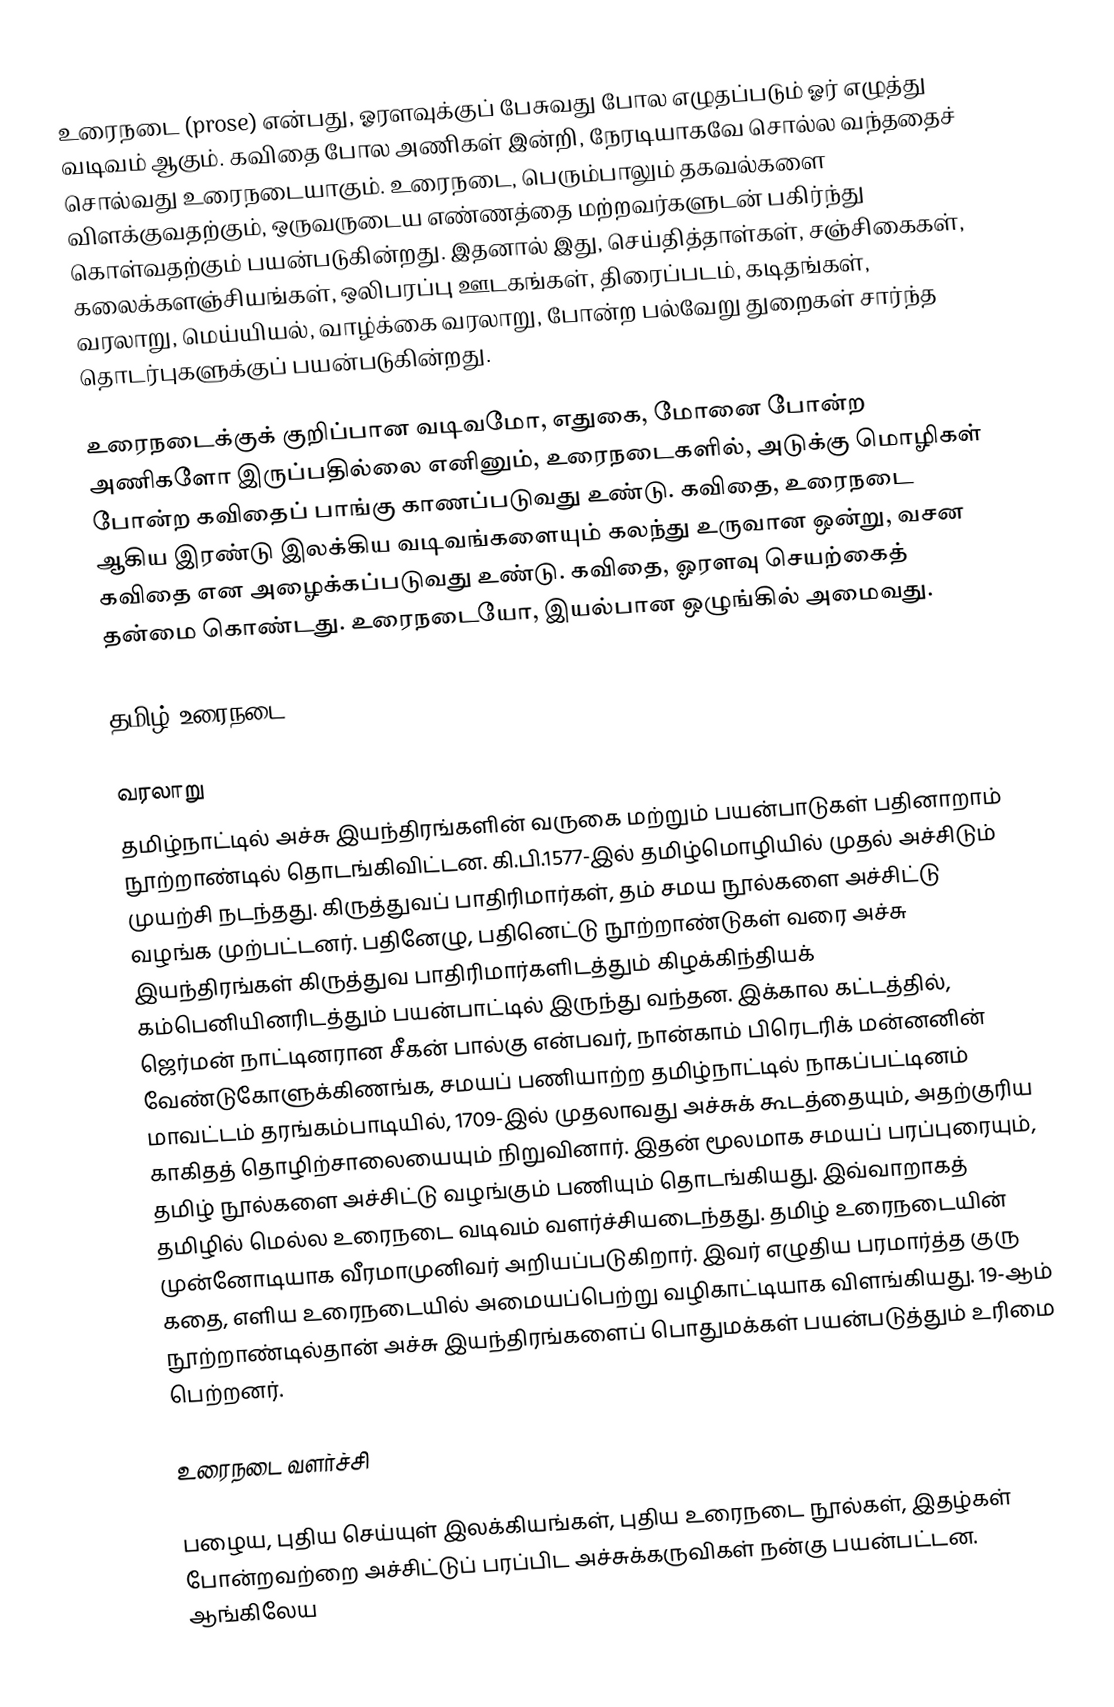
உரைநடை (prose) என்பது, ஓரளவுக்குப் பேசுவது போல எழுதப்படும் ஓர் எழுத்து வடிவம் ஆகும். கவிதை போல அணிகள் இன்றி, நேரடியாகவே சொல்ல வந்ததைச் சொல்வது உரைநடையாகும். உரைநடை, பெரும்பாலும் தகவல்களை விளக்குவதற்கும், ஒருவருடைய எண்ணத்தை மற்றவர்களுடன் பகிர்ந்து கொள்வதற்கும் பயன்படுகின்றது. இதனால் இது, செய்தித்தாள்கள், சஞ்சிகைகள், கலைக்களஞ்சியங்கள், ஒலிபரப்பு ஊடகங்கள், திரைப்படம், கடிதங்கள், வரலாறு, மெய்யியல், வாழ்க்கை வரலாறு, போன்ற பல்வேறு துறைகள் சார்ந்த தொடர்புகளுக்குப் பயன்படுகின்றது.

உரைநடைக்குக் குறிப்பான வடிவமோ, எதுகை, மோனை போன்ற அணிகளோ இருப்பதில்லை எனினும், உரைநடைகளில், அடுக்கு மொழிகள் போன்ற கவிதைப் பாங்கு காணப்படுவது உண்டு. கவிதை, உரைநடை ஆகிய இரண்டு இலக்கிய வடிவங்களையும் கலந்து உருவான ஒன்று, வசன கவிதை என அழைக்கப்படுவது உண்டு. கவிதை, ஓரளவு செயற்கைத் தன்மை கொண்டது. உரைநடையோ, இயல்பான ஒழுங்கில் அமைவது.

தமிழ் உரைநடை

வரலாறு
தமிழ்நாட்டில் அச்சு இயந்திரங்களின் வருகை மற்றும் பயன்பாடுகள் பதினாறாம் நூற்றாண்டில் தொடங்கிவிட்டன. கி.பி.1577-இல் தமிழ்மொழியில் முதல் அச்சிடும் முயற்சி நடந்தது. கிருத்துவப் பாதிரிமார்கள், தம் சமய நூல்களை அச்சிட்டு வழங்க முற்பட்டனர். பதினேழு, பதினெட்டு நூற்றாண்டுகள் வரை அச்சு இயந்திரங்கள் கிருத்துவ பாதிரிமார்களிடத்தும் கிழக்கிந்தியக் கம்பெனியினரிடத்தும் பயன்பாட்டில் இருந்து வந்தன. இக்கால கட்டத்தில், ஜெர்மன் நாட்டினரான சீகன் பால்கு என்பவர், நான்காம் பிரெடரிக் மன்னனின் வேண்டுகோளுக்கிணங்க, சமயப் பணியாற்ற தமிழ்நாட்டில் நாகப்பட்டினம் மாவட்டம் தரங்கம்பாடியில், 1709-இல் முதலாவது அச்சுக் கூடத்தையும், அதற்குரிய காகிதத் தொழிற்சாலையையும் நிறுவினார். இதன் மூலமாக சமயப் பரப்புரையும், தமிழ் நூல்களை அச்சிட்டு வழங்கும் பணியும் தொடங்கியது. இவ்வாறாகத் தமிழில் மெல்ல உரைநடை வடிவம் வளர்ச்சியடைந்தது. தமிழ் உரைநடையின் முன்னோடியாக வீரமாமுனிவர் அறியப்படுகிறார். இவர் எழுதிய பரமார்த்த குரு கதை, எளிய உரைநடையில் அமையப்பெற்று வழிகாட்டியாக விளங்கியது. 19-ஆம் நூற்றாண்டில்தான் அச்சு இயந்திரங்களைப் பொதுமக்கள் பயன்படுத்தும் உரிமை பெற்றனர்.

உரைநடை வளர்ச்சி

பழைய, புதிய செய்யுள் இலக்கியங்கள், புதிய உரைநடை நூல்கள், இதழ்கள் போன்றவற்றை அச்சிட்டுப் பரப்பிட அச்சுக்கருவிகள் நன்கு பயன்பட்டன. ஆங்கிலேய